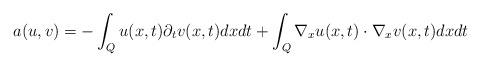
LaTeX: \begin{align*} a(u,v) = - \int_{Q} u(x,t)\partial_{t} v(x,t) dxdt + \int_{Q}\nabla_x u(x,t) \cdot \nabla_x v(x,t) dxdt \end{align*}